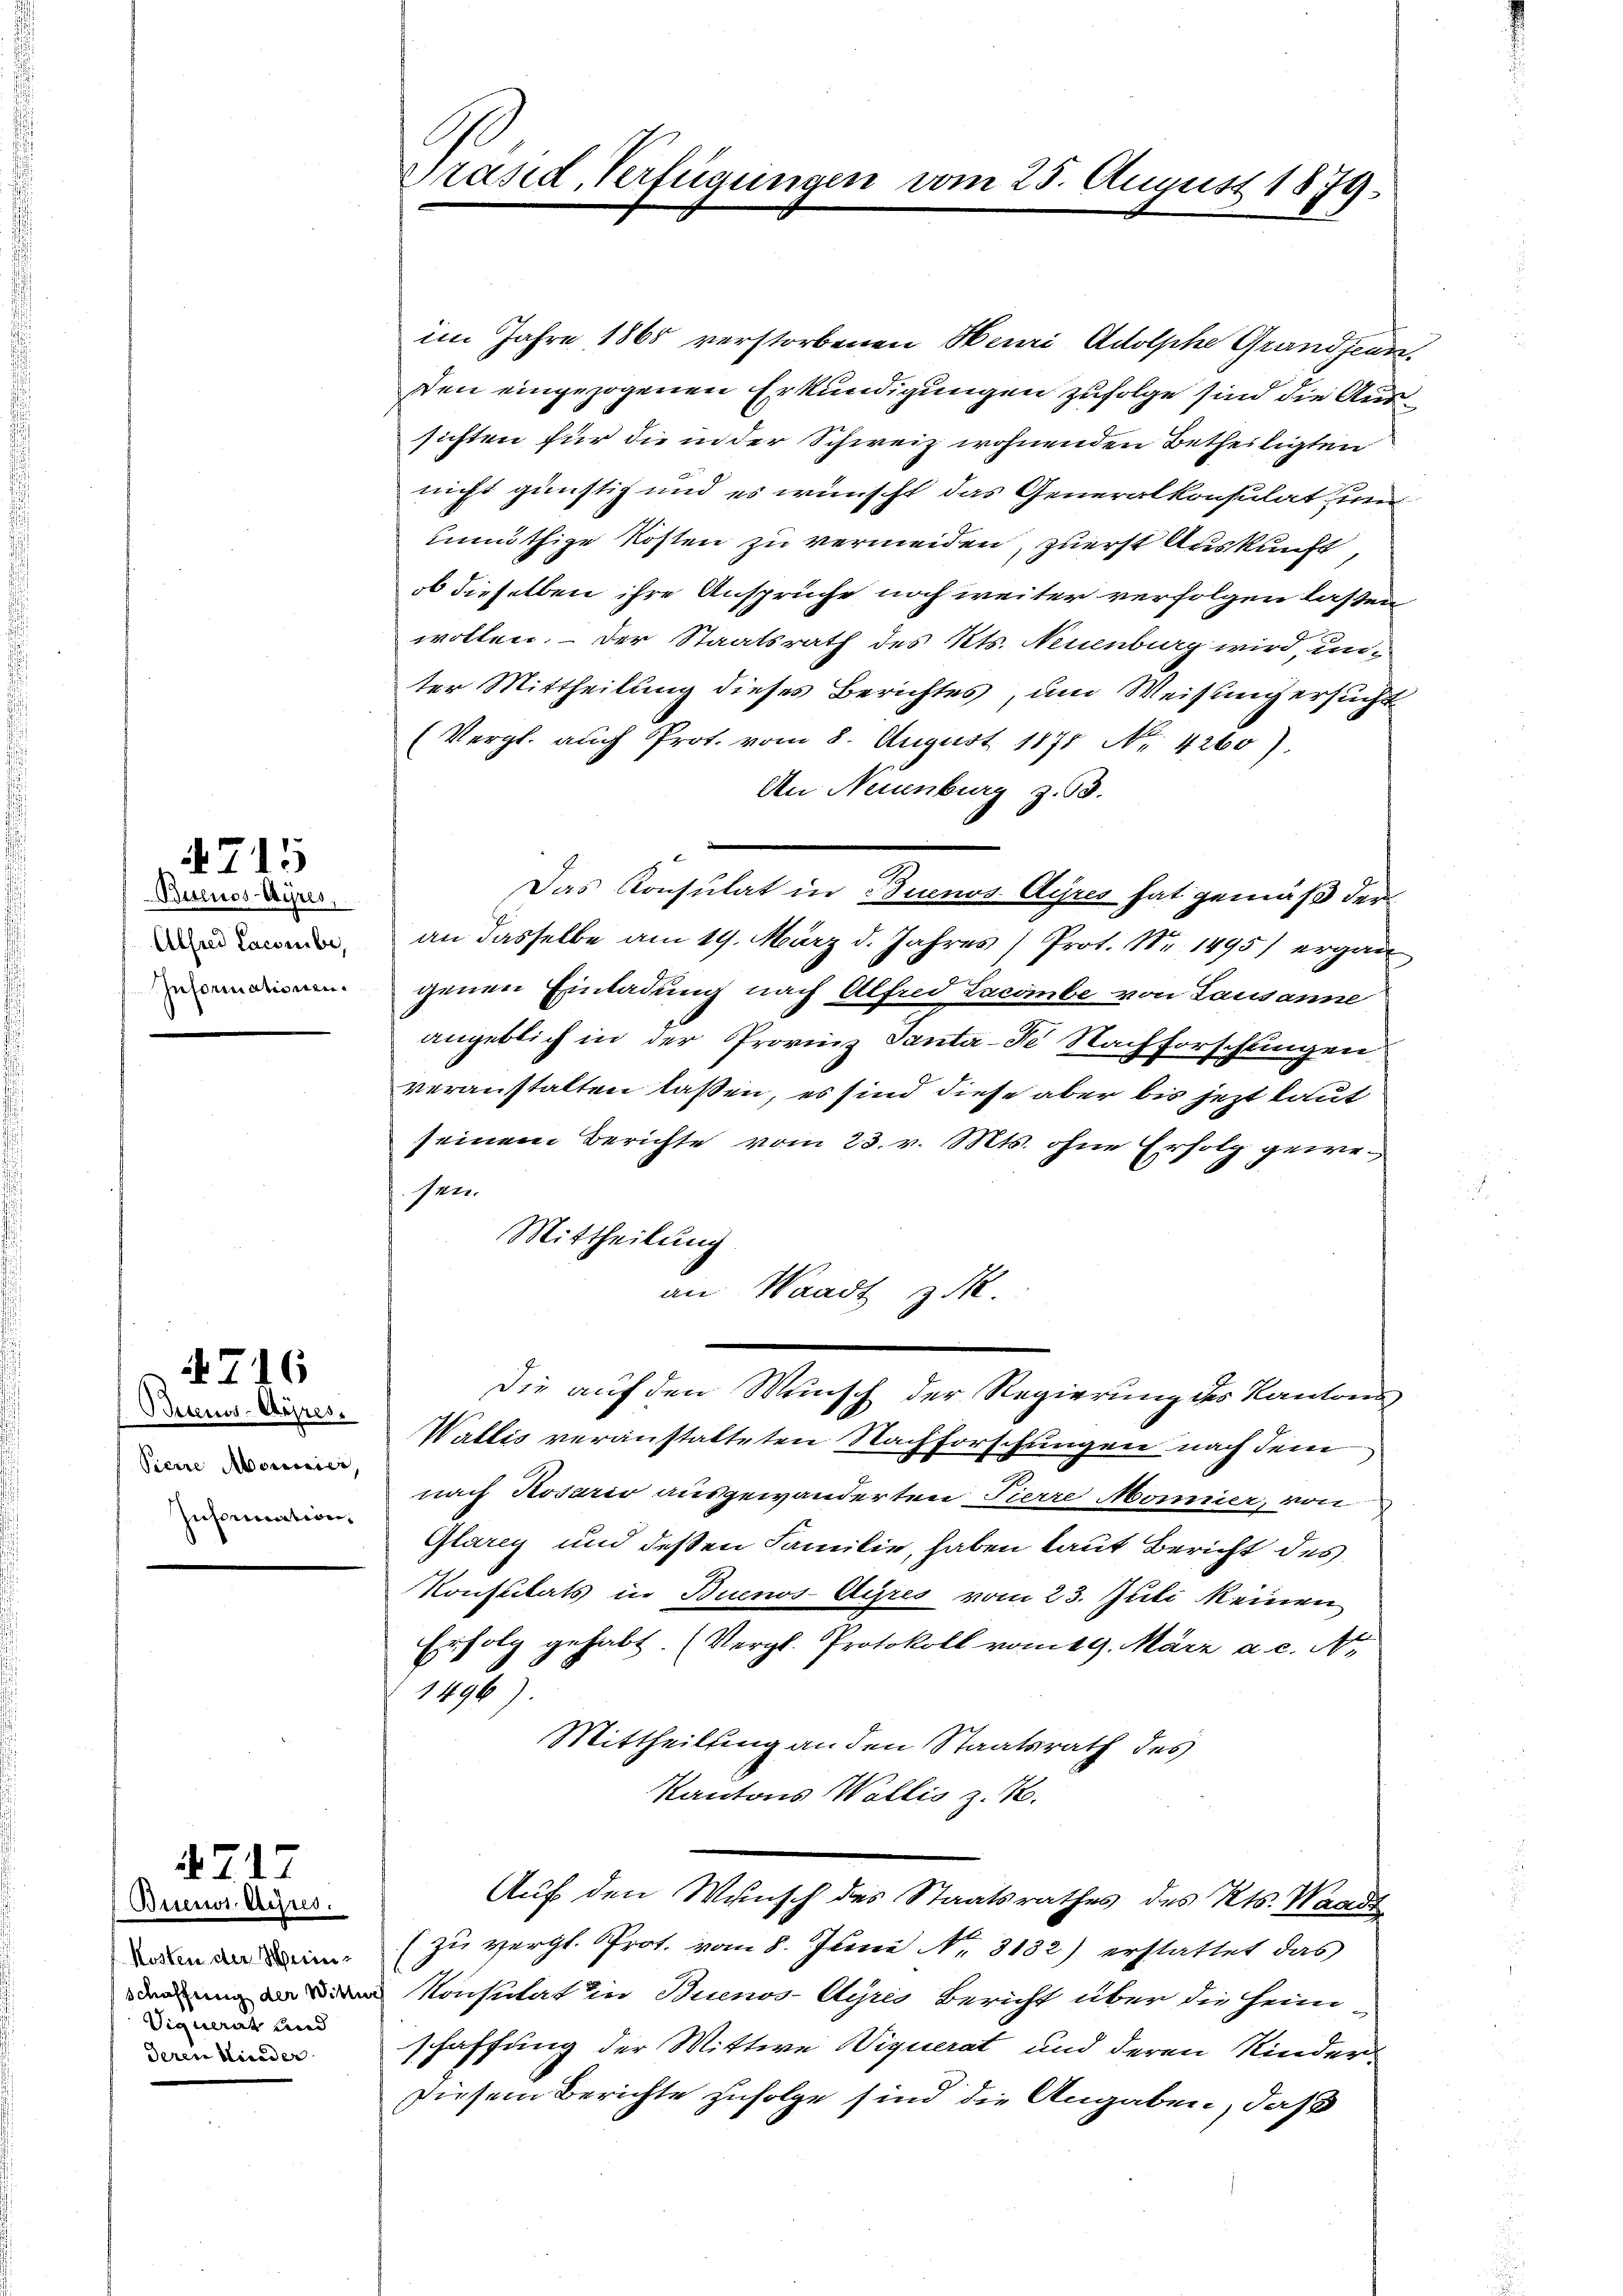
Buenos-Ayres,
Alfred Lacombe,
Informationen.

4715

Buenos-Ayres.
Pierre Moricier,
Information

4717

4716

Buenos Ayjus.
Kosten der Mei¬
Viquerat und
deren Nieder

Präsid, Verfügungen vom 25. August 1879.

im Jahre 1865 verstorbenen Heuri Adolphe Grandjeun¬
Den eingezogenen Erkundigungen zufolge sind die Aussichten für die in der Schweiz wohnenden Betheiligten
nicht günstig und es wünscht das Generalkonsulat zum
unnöthige Kosten zu vermeiden, zuerst Auskunft,
ob dieselben ihre Ansprüche noch weiter verfolgen laßen,
wollen. – Der Staatsrath des Kts. Neuenburg wird, unter Mittheilung dieses Berichtes, um Weisung ersucht
(Vergl. auch Prot. vom 8. August 1875 No 1260).
An Neuenburg z. B.
an dasselbe am 19. März d. Jahres (Prot. Nr. 1495) ergan
genen Einladung nach Alfred Lacombe von Lausanne
angeblich in der Provinz Santa-Fe Nachforschungen
veranstalten lassen, es sind diese aber bis jezt kaut
seinem Berichte vom 23. v. Mts. ohne Erfolg gewe¬
122.
Mittheilung
an Waadt z.
Die auf den Wunsch der Regierung des Kantone
Wallis veranstatteten Nachforschungen nach dem
nach Rosario ausgewanderten Tierre Monnier, von
Glärey und deßen Familie, haben laut Bericht des
Konsulats in Buenos-Ayres vom 23. Juli keinen
Erfolg gehabt. (Vergl. Protokoll vom 19. März a. c. No
185/
Mittheilung an den Staatsrath des
Kantons Wallis z. B.
Auf den Wunsch des Staatsrathes des Kts. Waadt
(zu vergl. Prot. vom 8. Juni No. 3132) erstattet das
Konsulat in Buenos-Ayres Bericht über die Heim
schaffung der Wittwe Viquerat und deren Kinder¬
Diesem Berichte zufolge sind die Angaben, daß

Das Konsulat in Buenos Ayres hat gemäß der